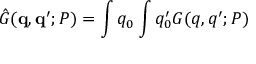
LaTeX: { \hat { G } } ( { \bf q } , { \bf q ^ { \prime } } ; P ) = \int q _ { 0 } \int q _ { 0 } ^ { \prime } G ( q , q ^ { \prime } ; P )